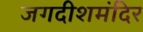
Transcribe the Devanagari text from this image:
जगदीशमंदिर